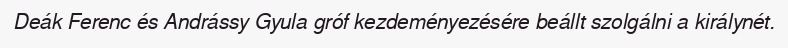
Deák Ferenc és Andrássy Gyula gróf kezdeményezésére beállt szolgálni a királynét.